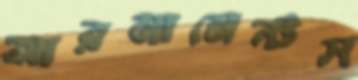
আরমামেন্টস